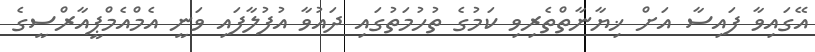
އޭގައިވާ ފައިސާ އަށް ޚިޔާނާތްތެރިވި ކަމުގެ ތުހުމަތުގައި ދައުވާ އުފުލާފައި ވަނީ އެމްއެމްޕީއާރްސީގެ